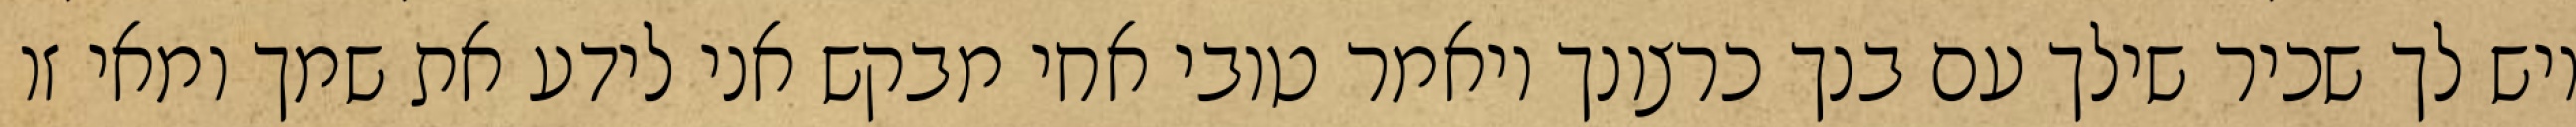
ויש לך שכיר שילך עם בנך כרצונך ויאמר טובי אחי מבקש אני לידע את שמך ומאי זו